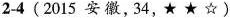
2-4(2015 安 徽,34,★ ★ ☆ )